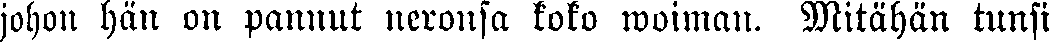
johon hän on pannut neronsa koko woiman. Mitähän tunsi